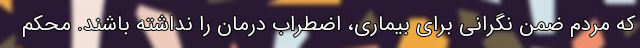
که مردم ضمن نگرانی برای بیماری، اضطراب درمان را نداشته باشند. محکم